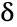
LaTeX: \updelta